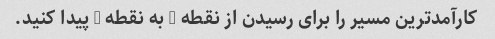
کارآمدترین مسیر را برای رسیدن از نقطه A به نقطه B پیدا کنید.